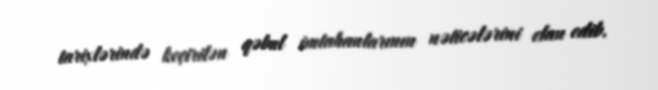
tarixlərində keçirilən qəbul imtahanlarının nəticələrini elan edib.